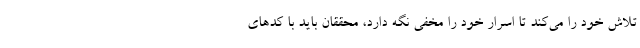
تلاش خود را می‌کند تا اسرار خود را مخفی نگه دارد، محققان باید با کدهای